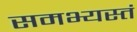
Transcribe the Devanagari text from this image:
समभ्यस्तं